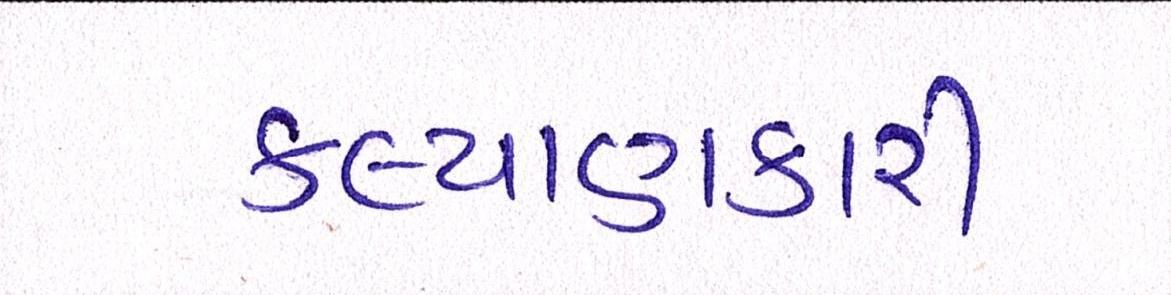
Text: કલ્યાણકારી